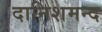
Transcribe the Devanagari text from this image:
दानिशमन्द